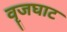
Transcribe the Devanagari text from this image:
वॄजघाट